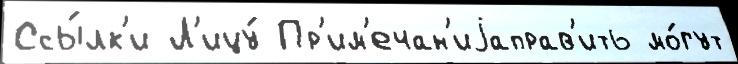
Ссы́лк'и Л'ицу́ Пр'им'ечан'иjаправ'ить мо́гут